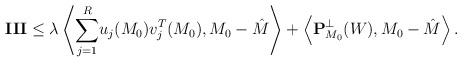
\begin{align*}\mathbf {III}\leq \lambda \left\langle \overset{R}{\sum_{j=1}}u_j(M_0)v_j^{T}(M_0),M_0-\hat M\right\rangle +\left\langle \mathbf P^{\bot}_{M_0}(W),M_0-\hat M\right\rangle.\end{align*}